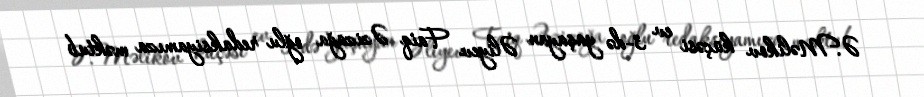
Ə.Məlikov küçəsi ev 3-də yaşayan Əliyev Faiq Əzizağa oğlu redaksiyamıza məktub